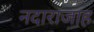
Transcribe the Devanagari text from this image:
नदाराजाह